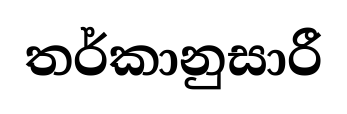
තර්කානුසාරී